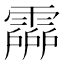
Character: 𩅶